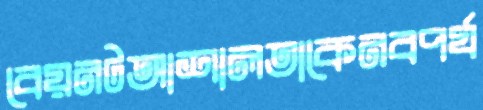
বেয়নটআশালতাকেনবপর্য